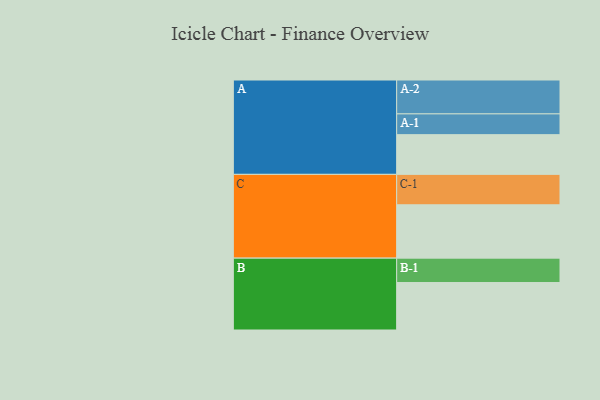
{"axis": {"x": "Segment", "y": "Value"}, "legend": ["", "A", "B", "C"], "data": [{"x": "A", "y": 300, "type": ""}, {"x": "B", "y": 359, "type": ""}, {"x": "C", "y": 403, "type": ""}, {"x": "A-1", "y": 157, "type": "A"}, {"x": "A-2", "y": 256, "type": "A"}, {"x": "B-1", "y": 184, "type": "B"}, {"x": "C-1", "y": 230, "type": "C"}]}